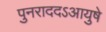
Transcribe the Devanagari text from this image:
पुनराददऽआयुषे